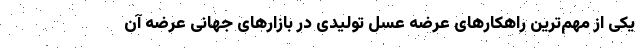
یکی از مهم‌ترین راهکارهای عرضه عسل تولیدی در بازارهای جهانی عرضه آن